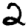
Digit: 2